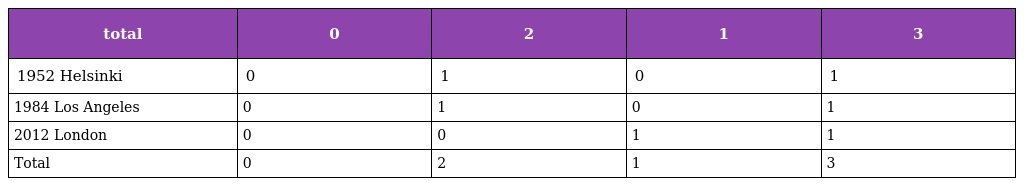
| total | 0 | 2 | 1 | 3 |
 | --- | --- | --- | --- | --- |
 | 1952 Helsinki | 0 | 1 | 0 | 1 |
 | 1984 Los Angeles | 0 | 1 | 0 | 1 |
 | 2012 London | 0 | 0 | 1 | 1 |
 | Total | 0 | 2 | 1 | 3 |